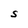
Character: S